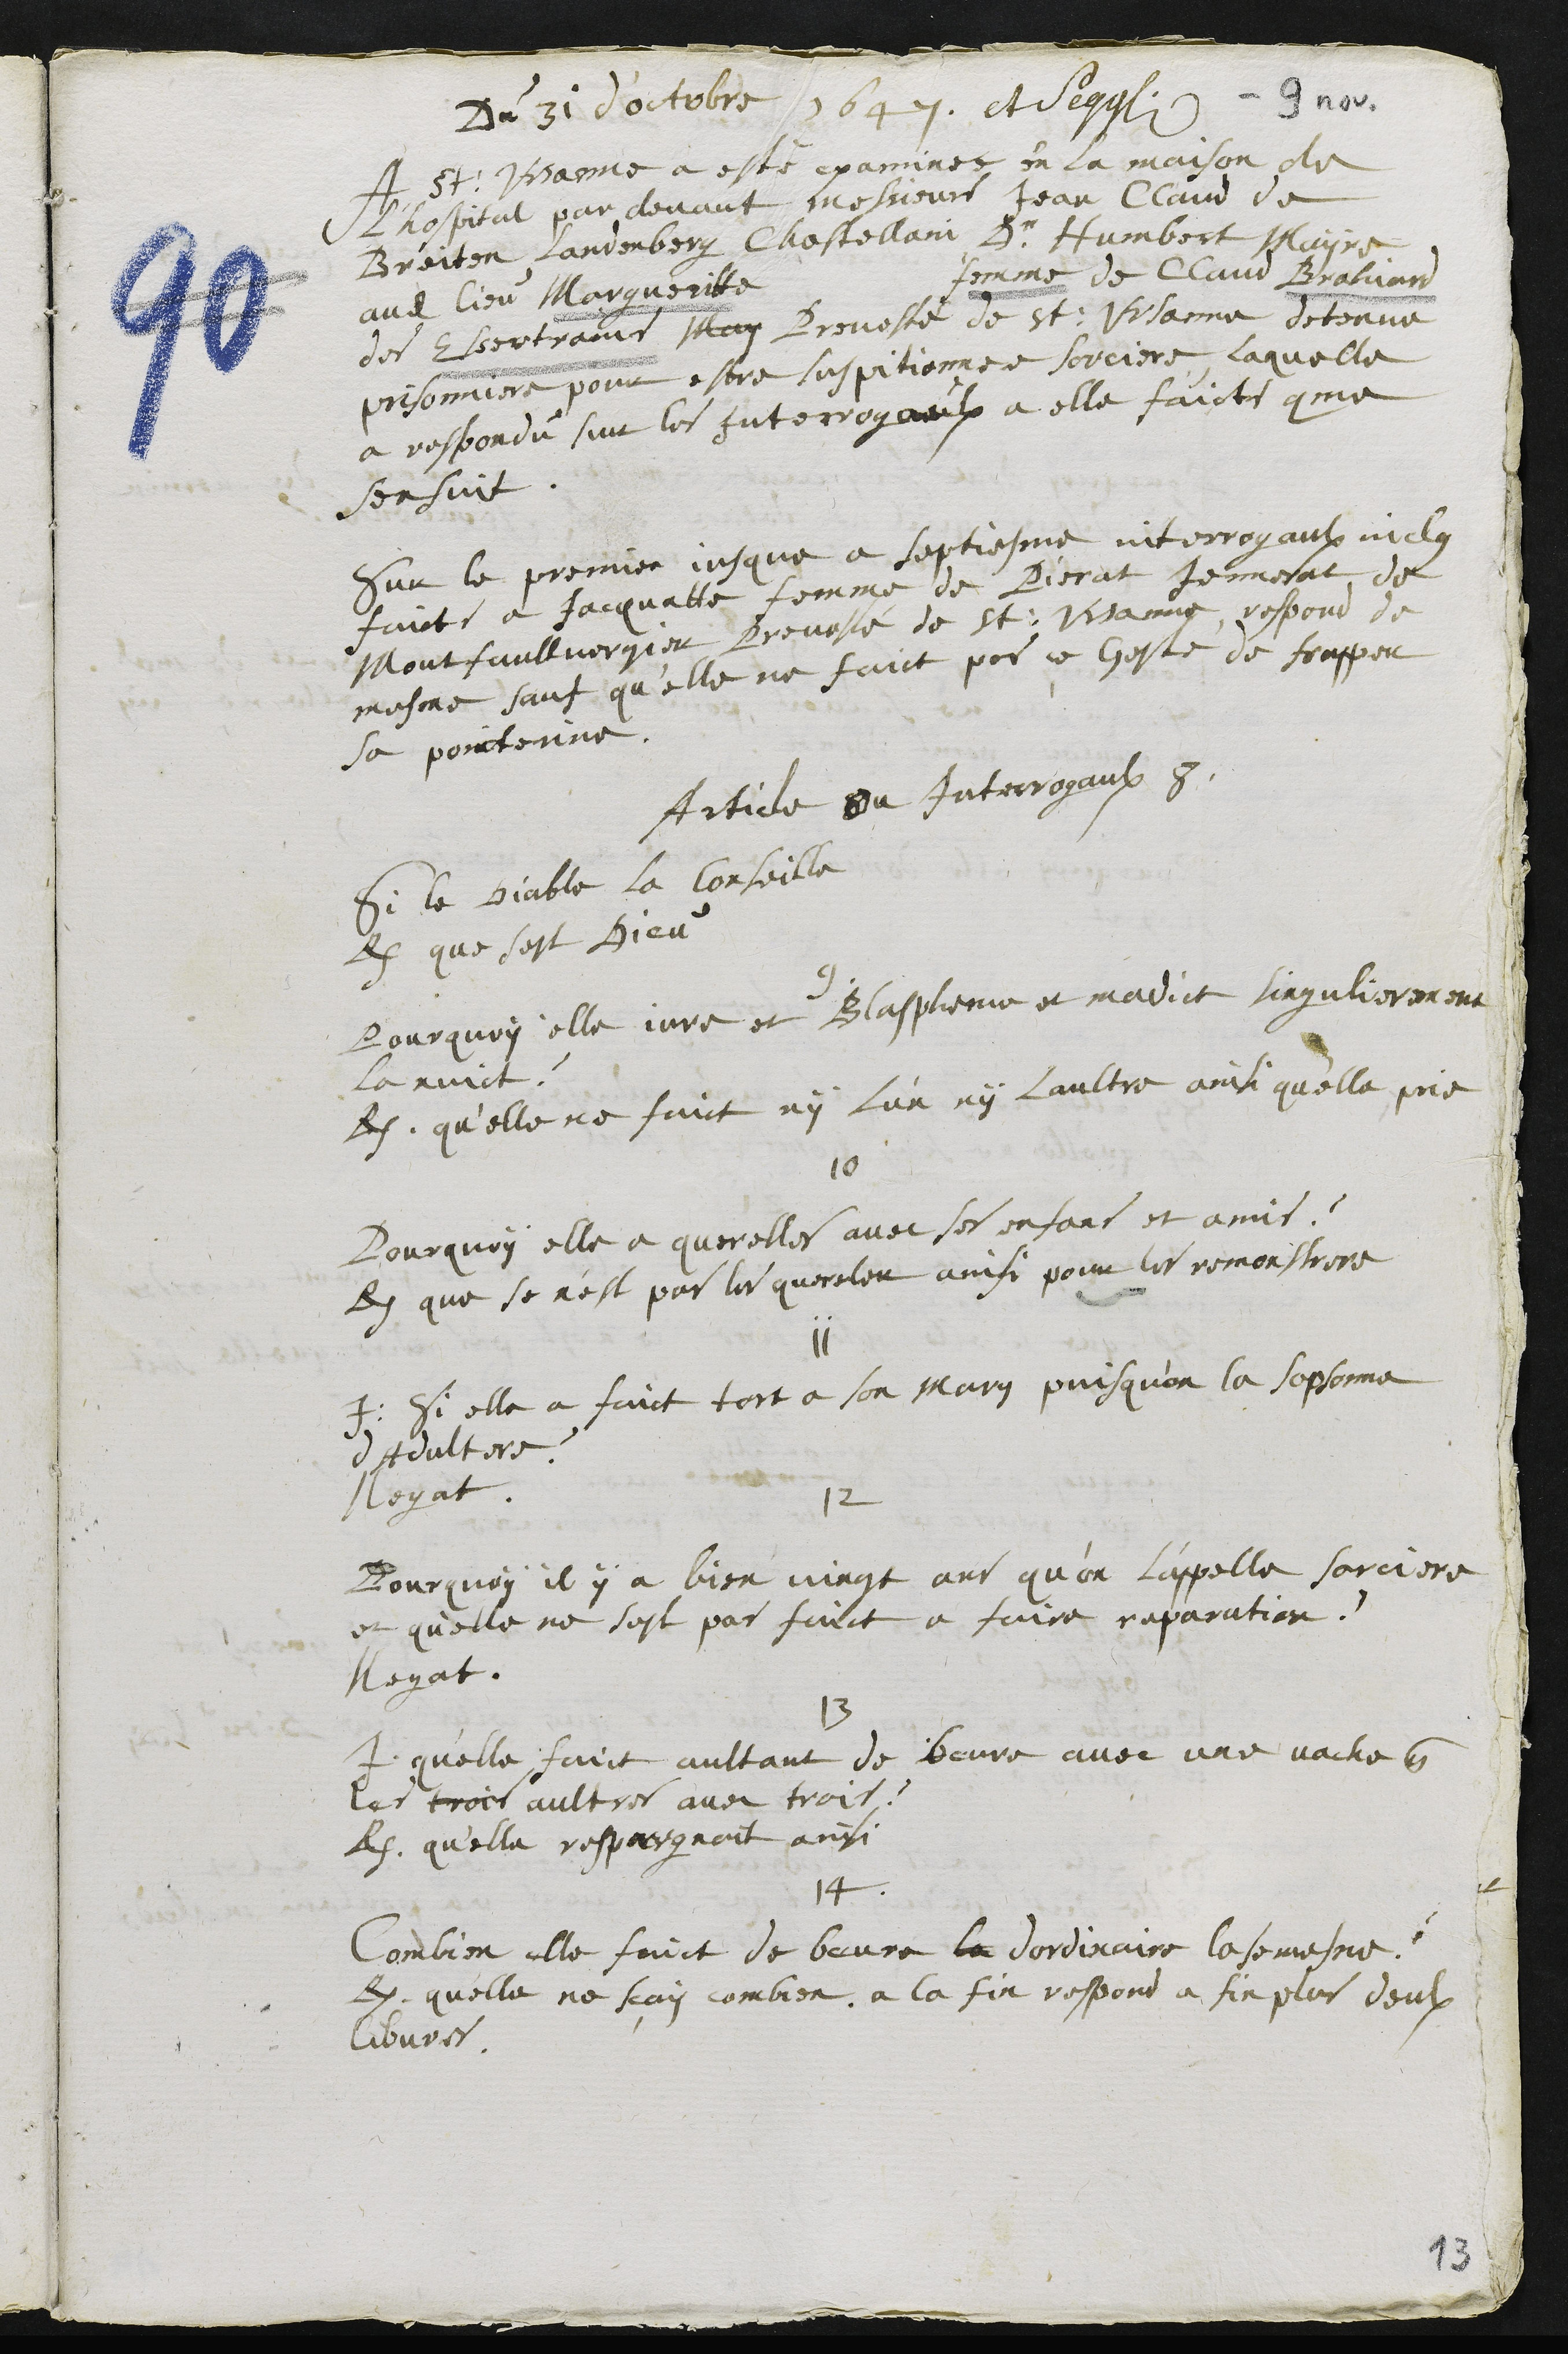
Du 31 d'octobre 1647. et sequentibus - 9 nov.
A St. Ursanne a esté examinee en la maison de
L'hospital par devant messieurs Jean Claud de
Breiten Landenberg Chastellain, Dr Humbert Mayre
audit lieu Margueritte    femme de Claud Brahiard
des Essertrains May Prevosté de St: Ursanne detenue
prisonniere pour estre suspitionnee sorciere, laquelle
a respondu sur les Interrogaulx a elle faicts comme
sensuit.
Sur le premier jusque a septiesme interrogaulx inclus
faicts a Jacquatte femme de Pierat Jennerat de
Montfaultvergier Prevosté de St. Ursanne, respond de
mesme sauf qu'elle ne faict pas ce Geste de frapper
sa poicterine.
Article ou Interrogaulx 8
Si le Diable la Conseille
R. que sest Dieu
9
Pourquoy elle jure et Blaspheme et madict singulierement
la nuict ?
R. qu'elle ne faict ny l'un ny laultre ainsi qu'elle prie
10
Pourquoy elle a querelles avec ses enfans et amis ?
R. que se n'est par les quereler ainsi pour les remonstrere
11
I: Si elle a faict tort a son mary puisqu'on la sopsonne
d'Adultere ?
Negat.
12
Pourquoy il y a bien vingt ans qu’on l'appelle sorciere
et qu'elle ne sest pas faict a faire reparation ?
Negat.
13
I. qu'elle faict aultant de beure avec une vache que
les trois aultres avec trois ?
R. qu'elle respargnoit ainsi
14
Combien elle faict de beure la dordinaire la semesne ?
R. quelle ne sçay combien, a la fin respond a fin plus deulx
libvres.
13